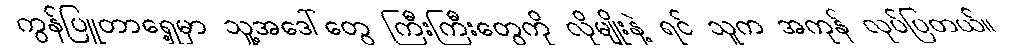
ကွန်ပြူတာရှေ့မှာ သူ့အဒေါ်တွေ ကြီးကြီးတွေကို လိုမျိုးနဲ့ ရင် သူက အကုန် လုပ်ပြတယ်။